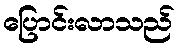
ပြောင်းလာသည်